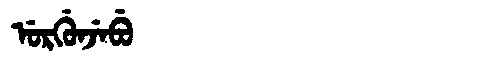
Manchu: ᡠᡵᡤᡠᠨᠵᡝᠪᡠ
Romanization: URGUNJEBU